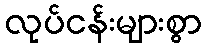
လုပ်ငန်းများစွာ